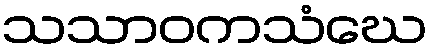
သသာဝကသံဃေ